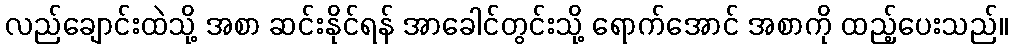
လည်ချောင်းထဲသို့ အစာ ဆင်းနိုင်ရန် အာခေါင်တွင်းသို့ ရောက်အောင် အစာကို ထည့်ပေးသည်။